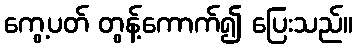
ကွေ့ပတ် တွန့်ကောက်၍ ပြေးသည်။